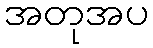
အတုအပ